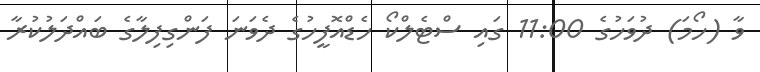
ވާ (ހޯމަ) ދުވަހުގެ 11:00 ގައި ސްޓެލްކޯ ހެޑްއޮފީހުގެ ދެވަނަ ފަންގިފިލާގެ ބައްދަލުކުރާ